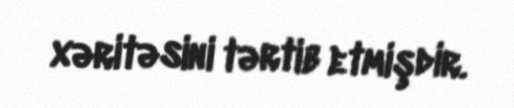
xəritəsini tərtib etmişdir.